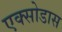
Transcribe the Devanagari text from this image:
एक्सोडास